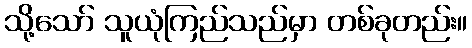
သို့သော် သူယုံကြည်သည်မှာ တစ်ခုတည်း။